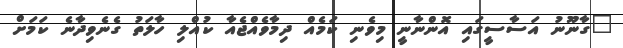
"ގާނޫނު އަސާސީގައި އޮންނާނީ މިވެނި ކަމެއް ދިމާވެއްޖެއާ ކުއްލި ހާލަތު ގެނެވިދާނެ ކަމަށް